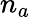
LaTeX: n_{a}